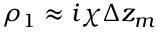
\rho _ { 1 } \approx i \chi \Delta z _ { m }